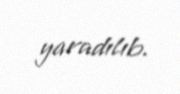
yaradılıb.